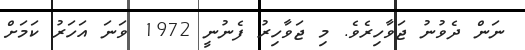
ނަން ދެވުނު ޖަވާހިރެވެ. މި ޖަވާހިރު ފެނުނީ 1972 ވަނަ އަހަރު ކަމަށް